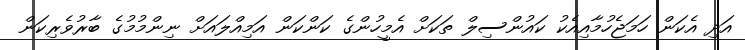
އަދި އެކަން ހަމަޖެހުމާއިއެކު ކައުންސިލް ތަކަށް އެމީހުންގެ ކަންކަން އަމިއްލައަށް ނިންމުމުގެ ބާރުވެރިކަން